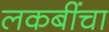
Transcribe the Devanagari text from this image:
लकबींचा